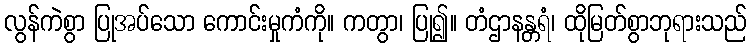
လွန်ကဲစွာ ပြုအပ်သော ကောင်းမှုကံကို။ ကတွာ၊ ပြု၍။ တံဌာနန္တရံ၊ ထိုမြတ်စွာဘုရားသည်